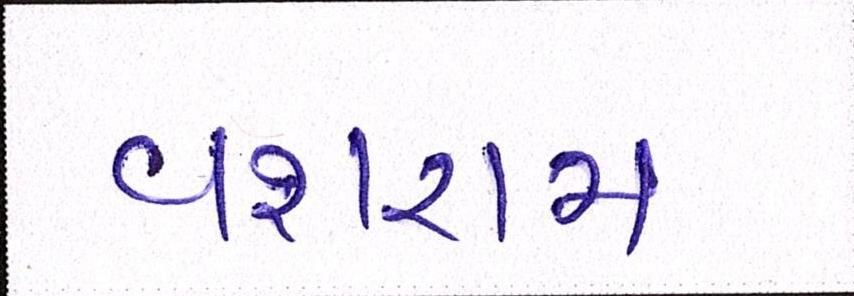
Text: વશરામ